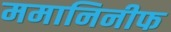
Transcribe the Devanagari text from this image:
ममानिनीफ